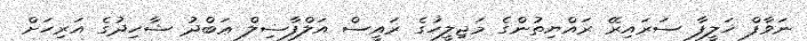
ނަވާފް ޚަލީފާ ސަރައިރޭ ރައްޔިތުންގެ މަޖިލީހުގެ ރައީސް އަލްފާޟިލް ޢަބްދު ޝާހިދުގެ އަރިހަށް